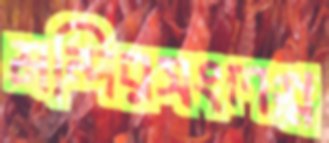
মন্দিরসংলগ্ন